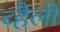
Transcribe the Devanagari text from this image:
व्हैली